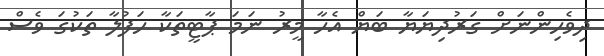
ދިވެހިންނަށް ގަރުދިޔަޔާ ބަޔް އެހާ މީރު ނަމަ ޕާޓީތަކާ ހަފުލާ ތަކުގަ ވެސް